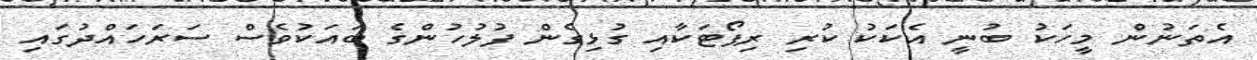
އެތަނުން މީހަކު ބުނީ އެކަކު ކުރި ރިޕޯޓަކާއި ގުޅިގެން ފުލުހުންގެ ބައަކުވެސް ސަރަހައްދުގައި